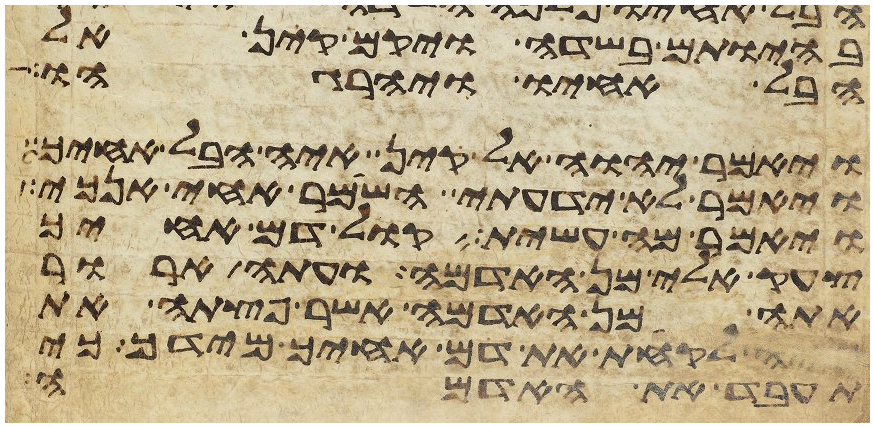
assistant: בהיותם בשדה ויקם קין אל
הבל אחיו ויהרגהו
ויאמר יהוה אל קין איה הבל אחיך
ויאמר לא ידעתי השמר אחי אנכי
ויאמר מה עשית קול דם אחיך
צעק אלי מן האדמה ועתה ארור
אתה מן האדמה אשר פצתה את
פיה לקחת את דם אחיך מידך כי
תעבד את האדמה